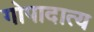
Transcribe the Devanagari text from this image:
गोपादात्य